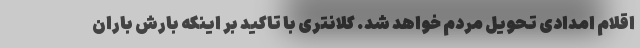
اقلام امدادی تحویل مردم خواهد شد. کلانتری با تاکید بر اینکه بارش باران